Civil Veterinary Department Bihar & Orissa reports 1922-29 - 1922-1929
Year: 1922
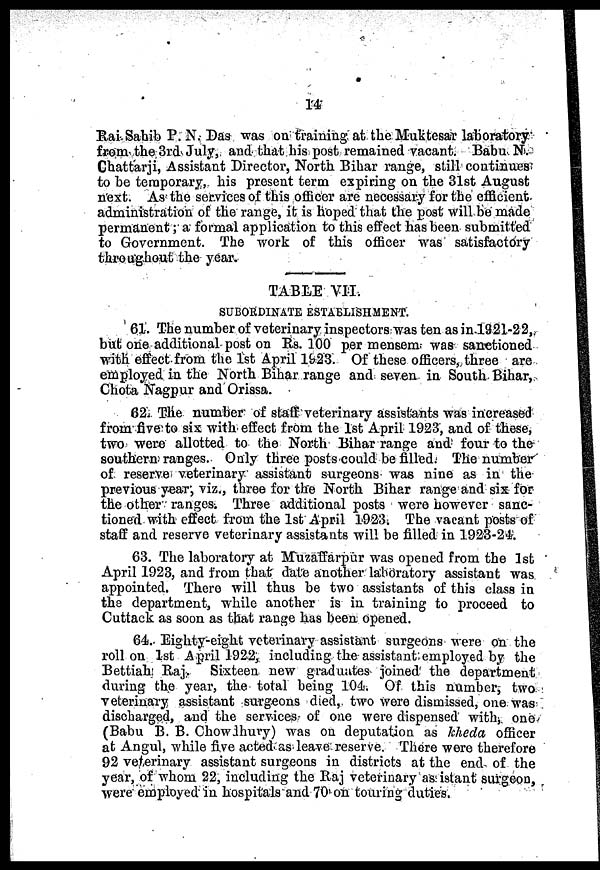
14
Rai Sahib P. N. Das was on training at the Muktesar laboratory
from the 3rd July, and that his post remained vacant. Babu N.
Chattarji, Assistant Director, North Bihar range, still continues
to be temporary, his present term expiring on the 31st August
next. As the services of this officer are necessary for the efficient
administration of the range, it is hoped that the post will be made
permanent; a formal application to this effect has been submitted
to Government. The work of this officer was satisfactory
throughout the year.
TABLE VII.
SUBORDINATE ESTABLISHMENT.
61. The number of veterinary inspectors was ten as in 1921-22,
but one additional post on Rs. 100 per mensem was sanctioned
with effect from the 1st April 1923. Of these officers, three are
employed in the North Bihar range and seven in South Bihar,
Chota Nagpur and Orissa.
62. The number of staff veterinary assistants was increased
from five to six with effect from the 1st April 1923, and of these,
two were allotted to the North Bihar range and four to the
southern ranges. Only three posts could be filled. The number
of reserve veterinary assistant surgeons was nine as in the
previous year, viz., three for the North Bihar range and six for
the other ranges. Three additional posts were however sanc-
tioned with effect from the 1st April 1923. The vacant posts of
staff and reserve veterinary assistants will be filled in 1923-24.
63. The laboratory at Muzaffarpur was opened from the 1st
April 1923, and from that date another laboratory assistant was
appointed. There will thus be two assistants of this class in
the department, while another is in training to proceed to
Cuttack as soon as that range has been opened.
64. Eighty-eight veterinary assistant surgeons were on the
roll on 1st April 1922, including the assistant employed by the
Bettiah Raj. Sixteen new graduates joined the department
during the year, the total being 104. Of this number, two
veterinary assistant surgeons died, two were dismissed, one was
discharged, and the services of one were dispensed with, one
(Babu B. B. Chowdhury) was on deputation as kheda officer
at Angul, while five acted as leave reserve. There were therefore
92 veterinary assistant surgeons in districts at the end of the
year, of whom 22, including the Raj veterinary as istant surgeon,
were employed in hospitals and 70 on touring duties.